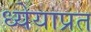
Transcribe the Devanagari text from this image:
ध्येयाप्रत